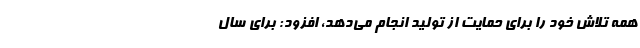
همه تلاش خود را برای حمایت از تولید انجام می‌دهد، افزود:‌ برای سال